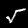
Label: 5